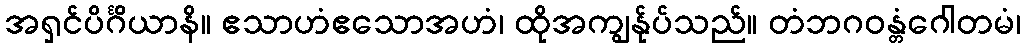
အရှင်ပိင်္ဂိယာနိ။ ဧသာဟံဧသောအဟံ၊ ထိုအကျွန်ုပ်သည်။ တံဘဂဝန္တံဂေါတမံ၊